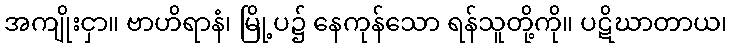
အကျိုးငှာ။ ဗာဟိရာနံ၊ မြို့ပ၌ နေကုန်သော ရန်သူတို့ကို။ ပဋိဃာတာယ၊